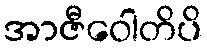
အာဇီဝေါတိပိ